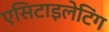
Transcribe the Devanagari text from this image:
एसिटाइलेटिंग